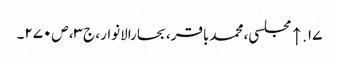
۱۷. ↑ مجلسی، محمدباقر، بحارالانوار، ج‌۳، ص‌۲۷۰۔